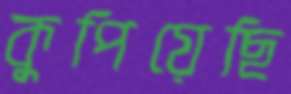
কুপিয়েছি